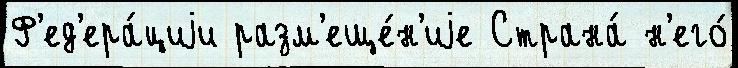
Ф'ед'ера́циjи разм'еще́н'иjе Страна́ н'его́